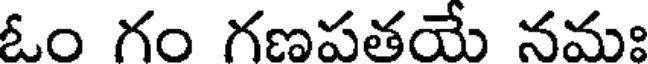
ఓం గం గణపతయే నమః